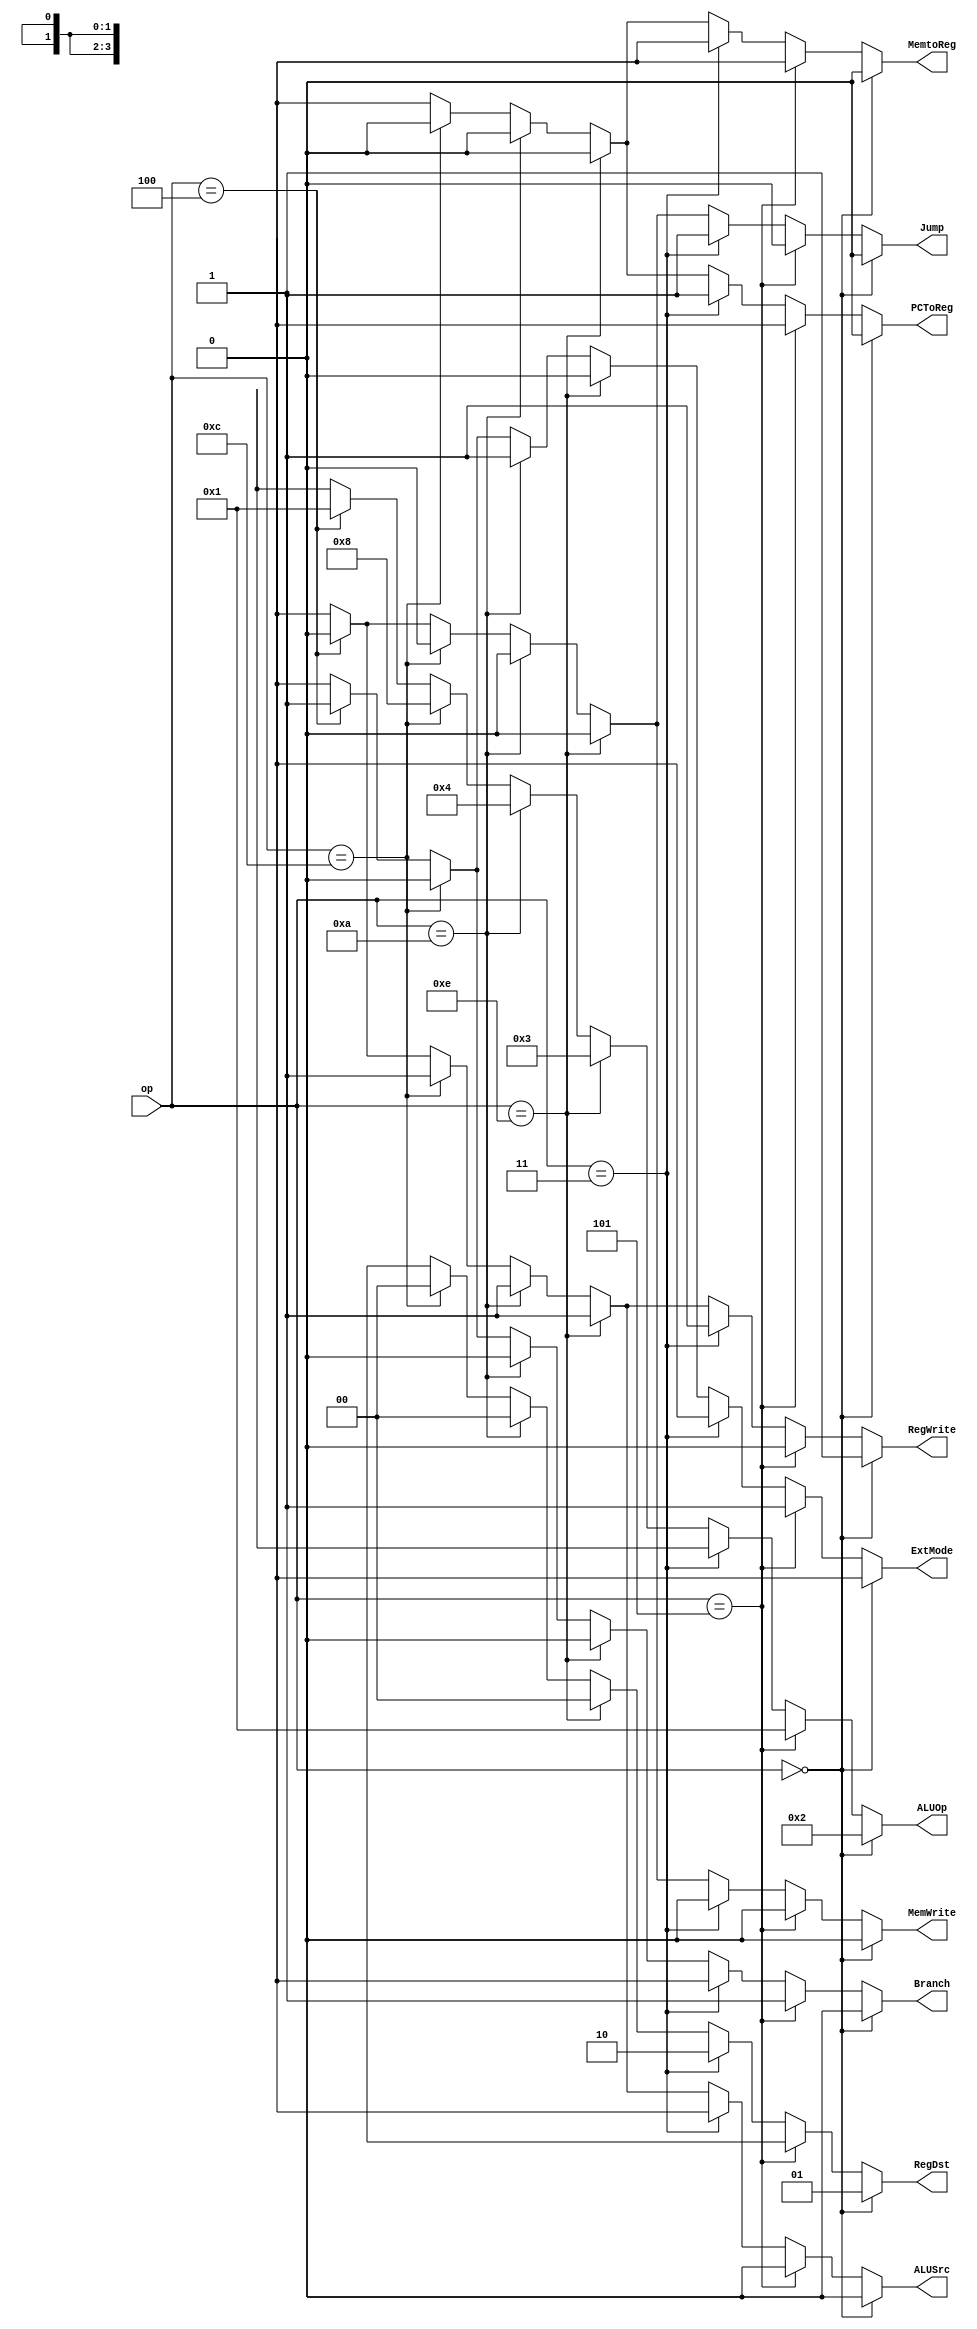
`timescale 1ns / 1ps
///////////////////////////////////////////////////////////////////////////////////
// Module Name	: MyControl 																		//
// Student ID	: 2015722031																		//
// Description	: Output control signal for opcode of given mips instructions		//
///////////////////////////////////////////////////////////////////////////////////

///////////////////////////////////////////////////////////////////////////////////
// Mycontrol																							//
// ==============================================================================//
// Input		: op -> Op code																		//
//	Output	: RegDst -> Control Signal															//
//				: Jump -> Control Signal															//
//				: Branch -> Control Signal															//
//				: MemtoReg -> Control Signal														//
//				: ALUOp -> ALU Control Signal														//
//				: MemWrite -> Control Signal														//
//				: ALUSrc -> Control Signal															//
//				: RegWrite -> Control Signal														//
//				: PCToReg -> Control Signal														//
//				: ExtMode -> Extender control Signal											//
///////////////////////////////////////////////////////////////////////////////////
module MyControl(op,RegDst,Jump,Branch,MemtoReg,ALUOp,MemWrite,ALUSrc,RegWrite,PCToReg,ExtMode);
	input [5:0] op;                                  
	output reg [1:0] RegDst;
	output reg Jump,Branch,MemtoReg;                 
	output reg [3:0] ALUOp;                          
	output reg MemWrite,ALUSrc,RegWrite,PCToReg;
	output reg ExtMode;

	always@(op) begin
		if(op==6'b000000)begin   // R_TYPE(SLL, SRA, MULTU, JALR) -> failure
			ALUOp<=4'b0010;
			RegDst<=2'b01;
			ALUSrc<=1'b0;	
			RegWrite<=1'b1;
			MemtoReg<=1'b0;
			MemWrite<=1'b0;
			Jump<=1'b0;    
			Branch<=1'b0;
			PCToReg<=1'b0;
			ExtMode<=1'bx; 
		end
		else if(op==6'b000101) begin // bne -> success
			ALUOp<=4'b0001;   
			RegDst<=2'bxx;     
			ALUSrc<=1'b0;     
			RegWrite<=1'b0;   
			MemtoReg<=1'bx;   
			MemWrite<=1'b0;   
			Jump<=1'b0;       
			Branch<=1'b1;     
			PCToReg<=1'bx; 
			ExtMode<=1'b1; 
		end
		else if(op==6'b000011) begin // jal -> success
			ALUOp<=4'bxxxx;
			RegDst<=2'b10; 
			ALUSrc<=1'bx;  
			RegWrite<=1'b1;
			MemtoReg<=1'bx;
			MemWrite<=1'b0;
			Jump<=1'b1;  
			Branch<=1'bx;
			PCToReg<=1'b1;
			ExtMode<=1'bx; 
		end
		else if(op==6'b001110) begin // xori -> success
			ALUOp<=4'b0011;
			RegDst<=2'b00; 
         ALUSrc<=1'b1;  
         RegWrite<=1'b1;
         MemtoReg<=1'b0;
         MemWrite<=1'b0;
         Jump<=1'b0;    
         Branch<=1'b0; 
			PCToReg<=1'b0;
			ExtMode<=1'b0; 
      end
		else if(op==6'b001010) begin // slti -> success
			ALUOp<=4'b0100;
			RegDst<=2'b00; 
         ALUSrc<=1'b1;  
         RegWrite<=1'b1;
         MemtoReg<=1'b0;
         MemWrite<=1'b0;
         Jump<=1'b0;   
         Branch<=1'b0; 
 			PCToReg<=1'b0;
			ExtMode<=1'b1; 
      end
		else if(op==6'b001100) begin // andi -> failure
			ALUOp<=4'b1000;
			RegDst<=2'b00; 
			ALUSrc<=1'b1;
			RegWrite<=1'b1;
			MemtoReg<=1'b0;
			MemWrite<=1'b0;
			Jump<=1'b0;   
			Branch<=1'b0; 
			PCToReg<=1'b0;
			ExtMode<=1'b0; 
    end
		else if(op==6'b000100) begin // beq -> failure
			ALUOp<=4'b0001;   
			RegDst<=2'bxx;     
			ALUSrc<=1'b0;     
			RegWrite<=1'b0;   
			MemtoReg<=1'bx;   
			MemWrite<=1'b0;   
			Jump<=1'b0;       
			Branch<=1'b1;     
			PCToReg<=1'bx; 
			ExtMode<=1'b1; 
		end
		else begin  // default
			ALUOp<=4'bx;   
			RegDst<=2'bxx; 
			ALUSrc<=1'bx;  
			RegWrite<=1'bx;
			MemtoReg<=1'bx;
			MemWrite<=1'bx;
			Jump<=1'bx;    
			Branch<=1'bx;  
			PCToReg<=1'bx;
			ExtMode<=1'bx; 
		end
	end
endmodule